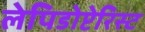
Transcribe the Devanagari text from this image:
लेपिडोप्टेरिस्ट